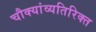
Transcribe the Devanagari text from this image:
चौक्यांव्यतिरिक्त